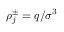
\rho _ { j } ^ { \pm } = q / \sigma ^ { 3 }